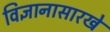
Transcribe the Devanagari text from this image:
विज्ञानासारखे